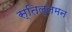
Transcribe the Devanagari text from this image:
स्तिल्लमन